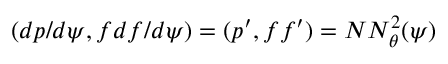
( d p / d \psi , f d f / d \psi ) = ( p ^ { \prime } , f f ^ { \prime } ) = N N _ { \theta } ^ { 2 } ( \psi )